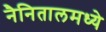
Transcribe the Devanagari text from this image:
नैनितालमध्ये